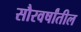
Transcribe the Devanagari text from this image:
सौरवर्षांतील